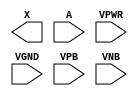
module sky130_fd_sc_hd__dlygate4sd1 (
    X   ,
    A   ,
    VPWR,
    VGND,
    VPB ,
    VNB
);

    output X   ;
    input  A   ;
    input  VPWR;
    input  VGND;
    input  VPB ;
    input  VNB ;
endmodule